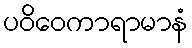
ပဝိဝေကာရာမာနံ